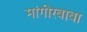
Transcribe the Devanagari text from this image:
मांगीरबाबा